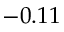
- 0 . 1 1